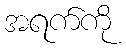
အရက်ကို